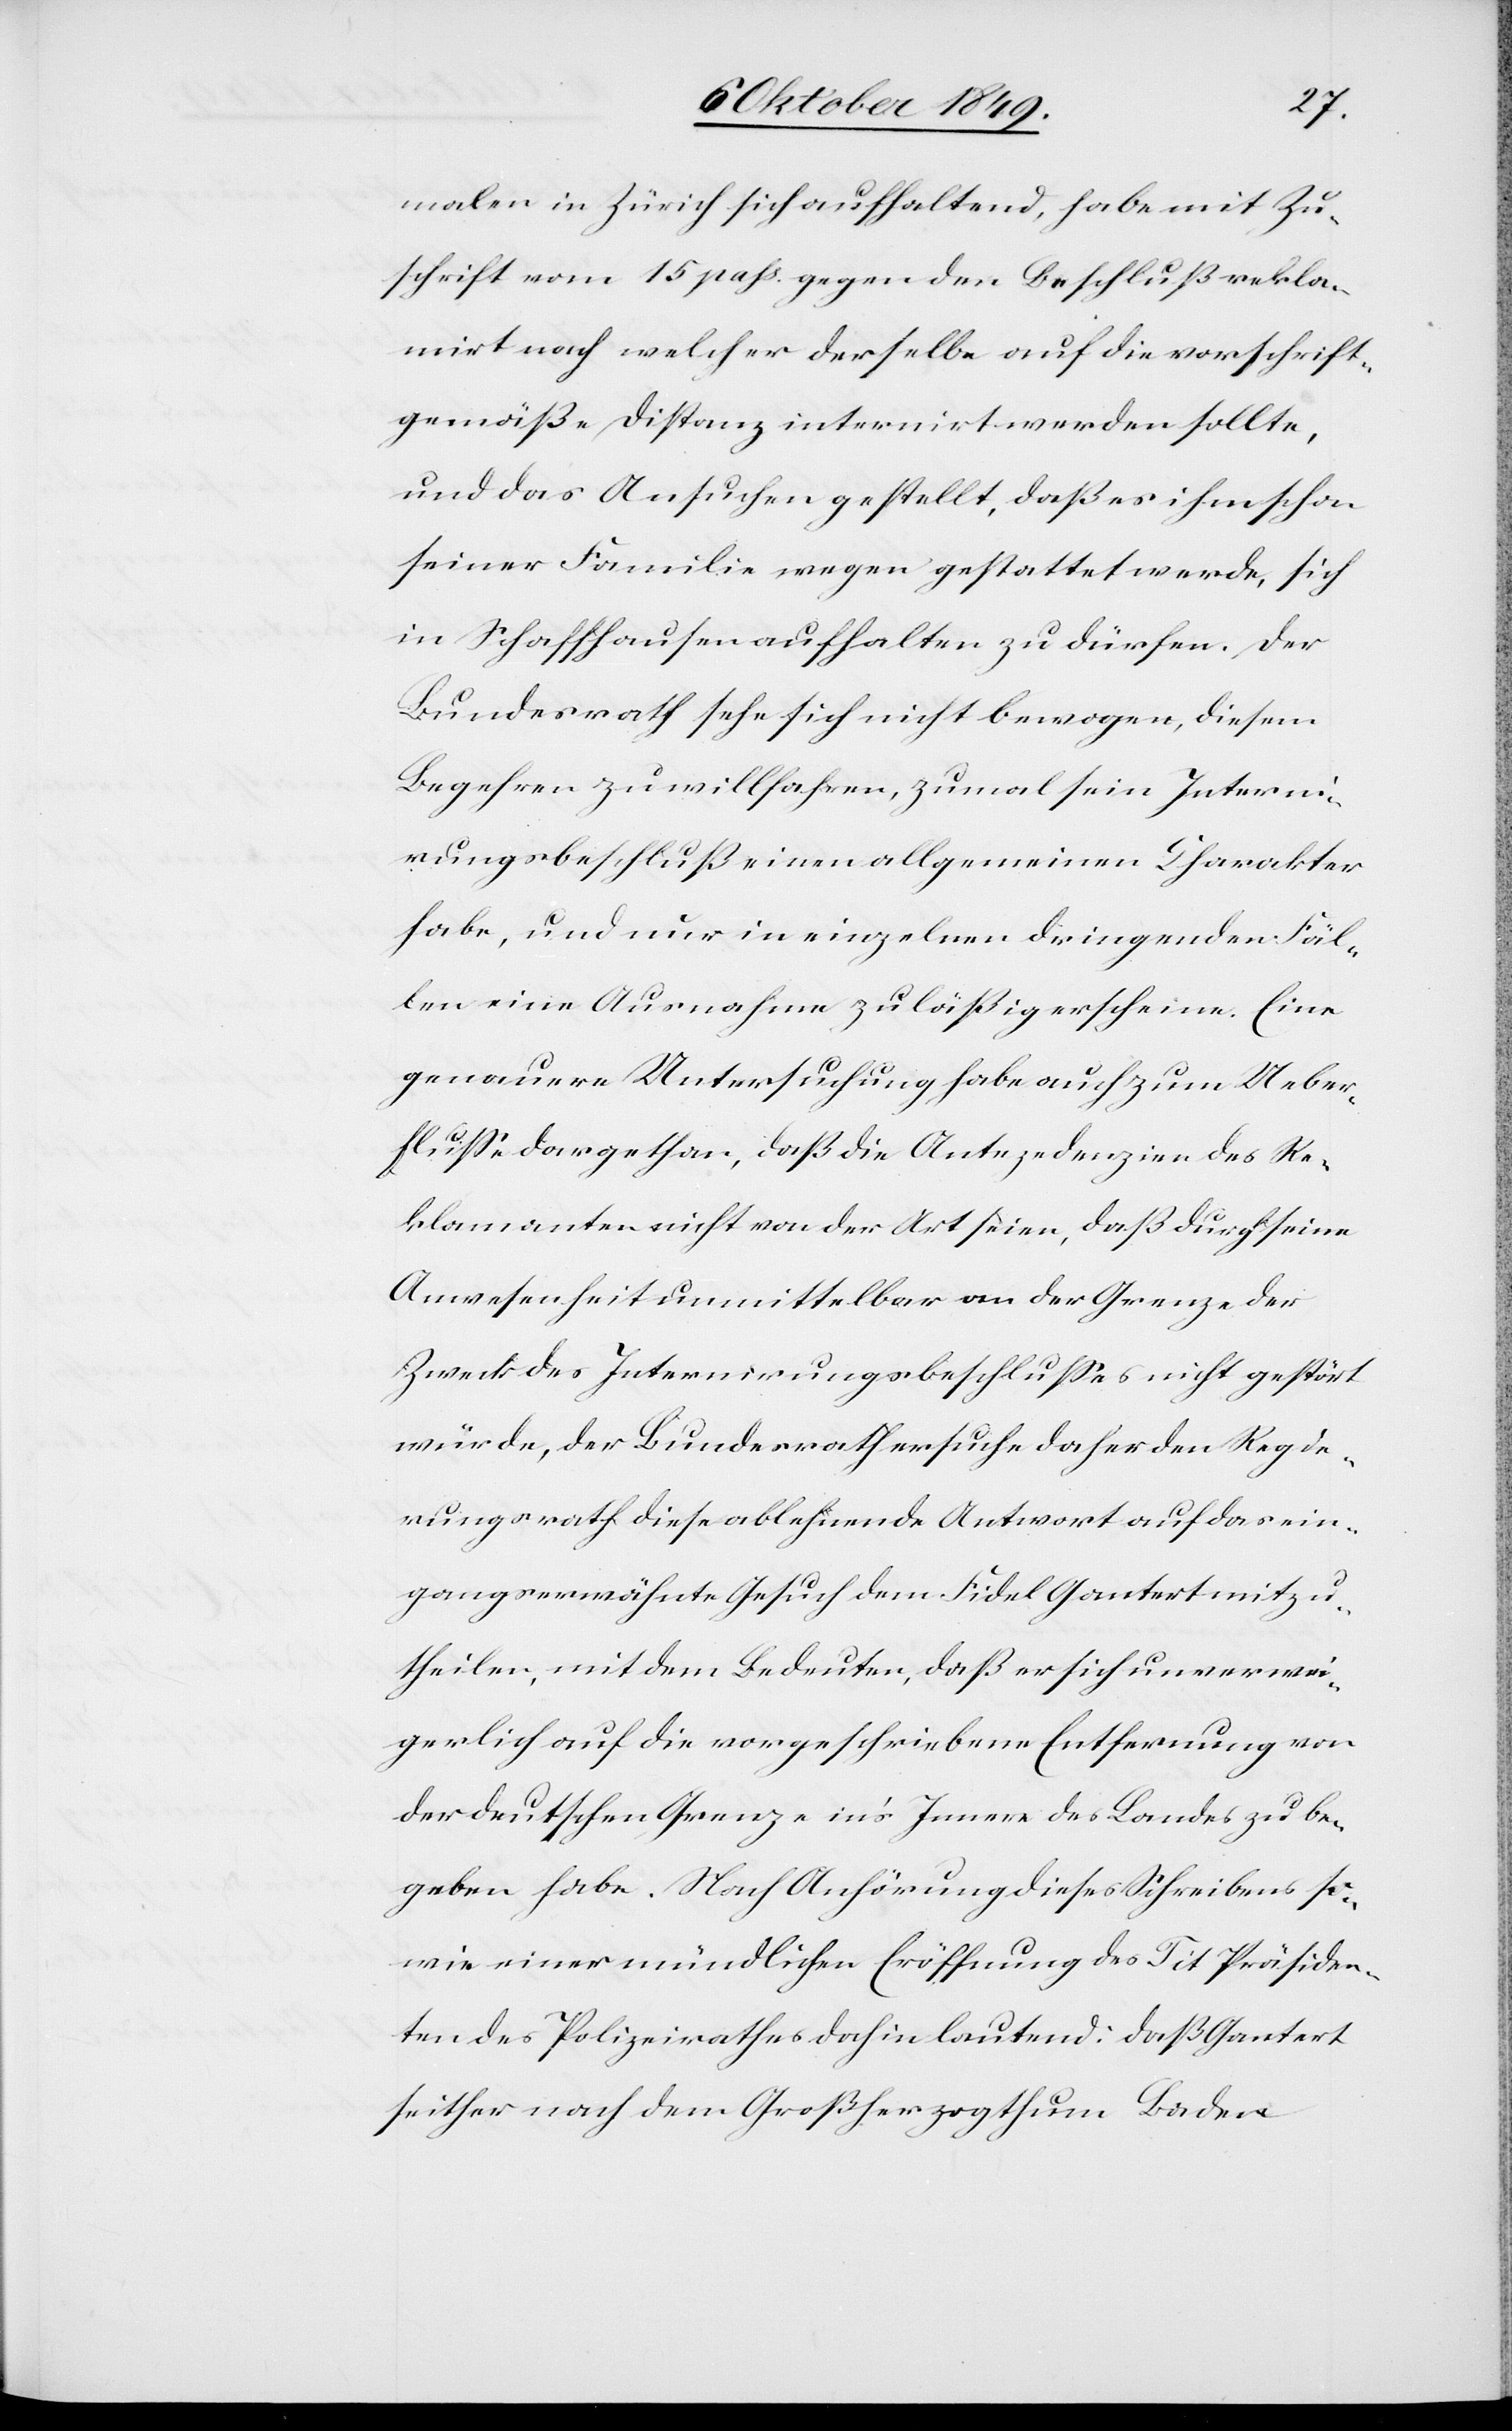
malen in Zürich sich aufhaltend, habe mit Zu¬
schrift vom 15 pass. gegen den Beschluß rekla¬
mirt nach welcher derselbe auf die vorschrift¬
gemäße Distanz internirt werden sollte,
und das Ansuchen gestellt, daß es ihm schon
seiner Familie wegen gestattet werde, sich
in Schaffhausen aufhalten zu dürfen. Der
Bundesrath sehe sich nicht bewogen, diesem
Begehren zu willfahren, zumal sein Interni¬
rungsbeschluß einen allgemeinen Charakter
habe, und nur in einzelnen dringenden Fäl¬
len eine Ausnahme zuläßig erscheine. Eine
genauere Untersuchung habe auch zum Ueber¬
fluß dargethan, daß die Antezedenzien des Re¬
klamanten nicht von der Art seien, daß durch seine
Anwesenheit unmittelbar an der Grenze der
Zweck des Internirungsbeschlußes nicht gestört
würde, der Bundesrath ersuche daher den Regie¬
rungsrath diese ablehnende Antwort auf das ein¬
gangserwähnte Gesuch dem Fidel Gantert mitzu¬
theilen, mit dem Bedeuten, daß er sich unverwei¬
gerlich auf die vorgeschriebene Entfernung von
der deutschen Grenze in’s Innere des Landes zu be¬
geben habe. Nach Anhörung dieses Schreibens so¬
wie einer mündlichen Eröffnung des Tit. Präsiden¬
ten des Polizeirathes dahin lautend: daß Gantert
seither nach dem Großherzogthum Baden